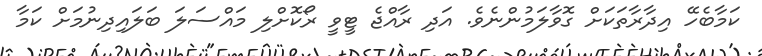
ކަމާބެހޭ އިދާރާތަކަށް ގޮވާލަމުންނެވެ. އަދި ރާއްޖެ ޓީވީ ރޯކޮށްލި މައްސަލަ ބަލައިދިނުމަށް ކަމާ